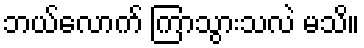
ဘယ်လောက် ကြာသွားသလဲ မသိ။